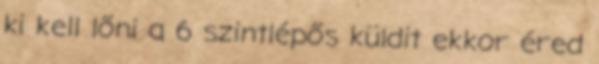
ki kell lőni a 6 szintlépős küldit ekkor éred